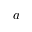
a